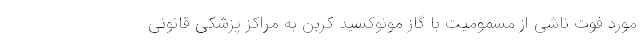
مورد فوت ناشی از مسمومیت با گاز مونوکسید کربن به مراکز پزشکی قانونی